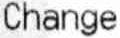
CHANGE